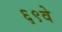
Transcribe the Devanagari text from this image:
६९वे